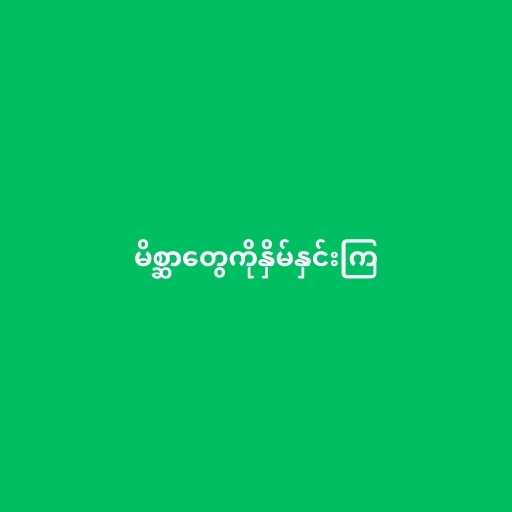
မိစ္ဆာတွေကိုနှိမ်နှင်းကြ